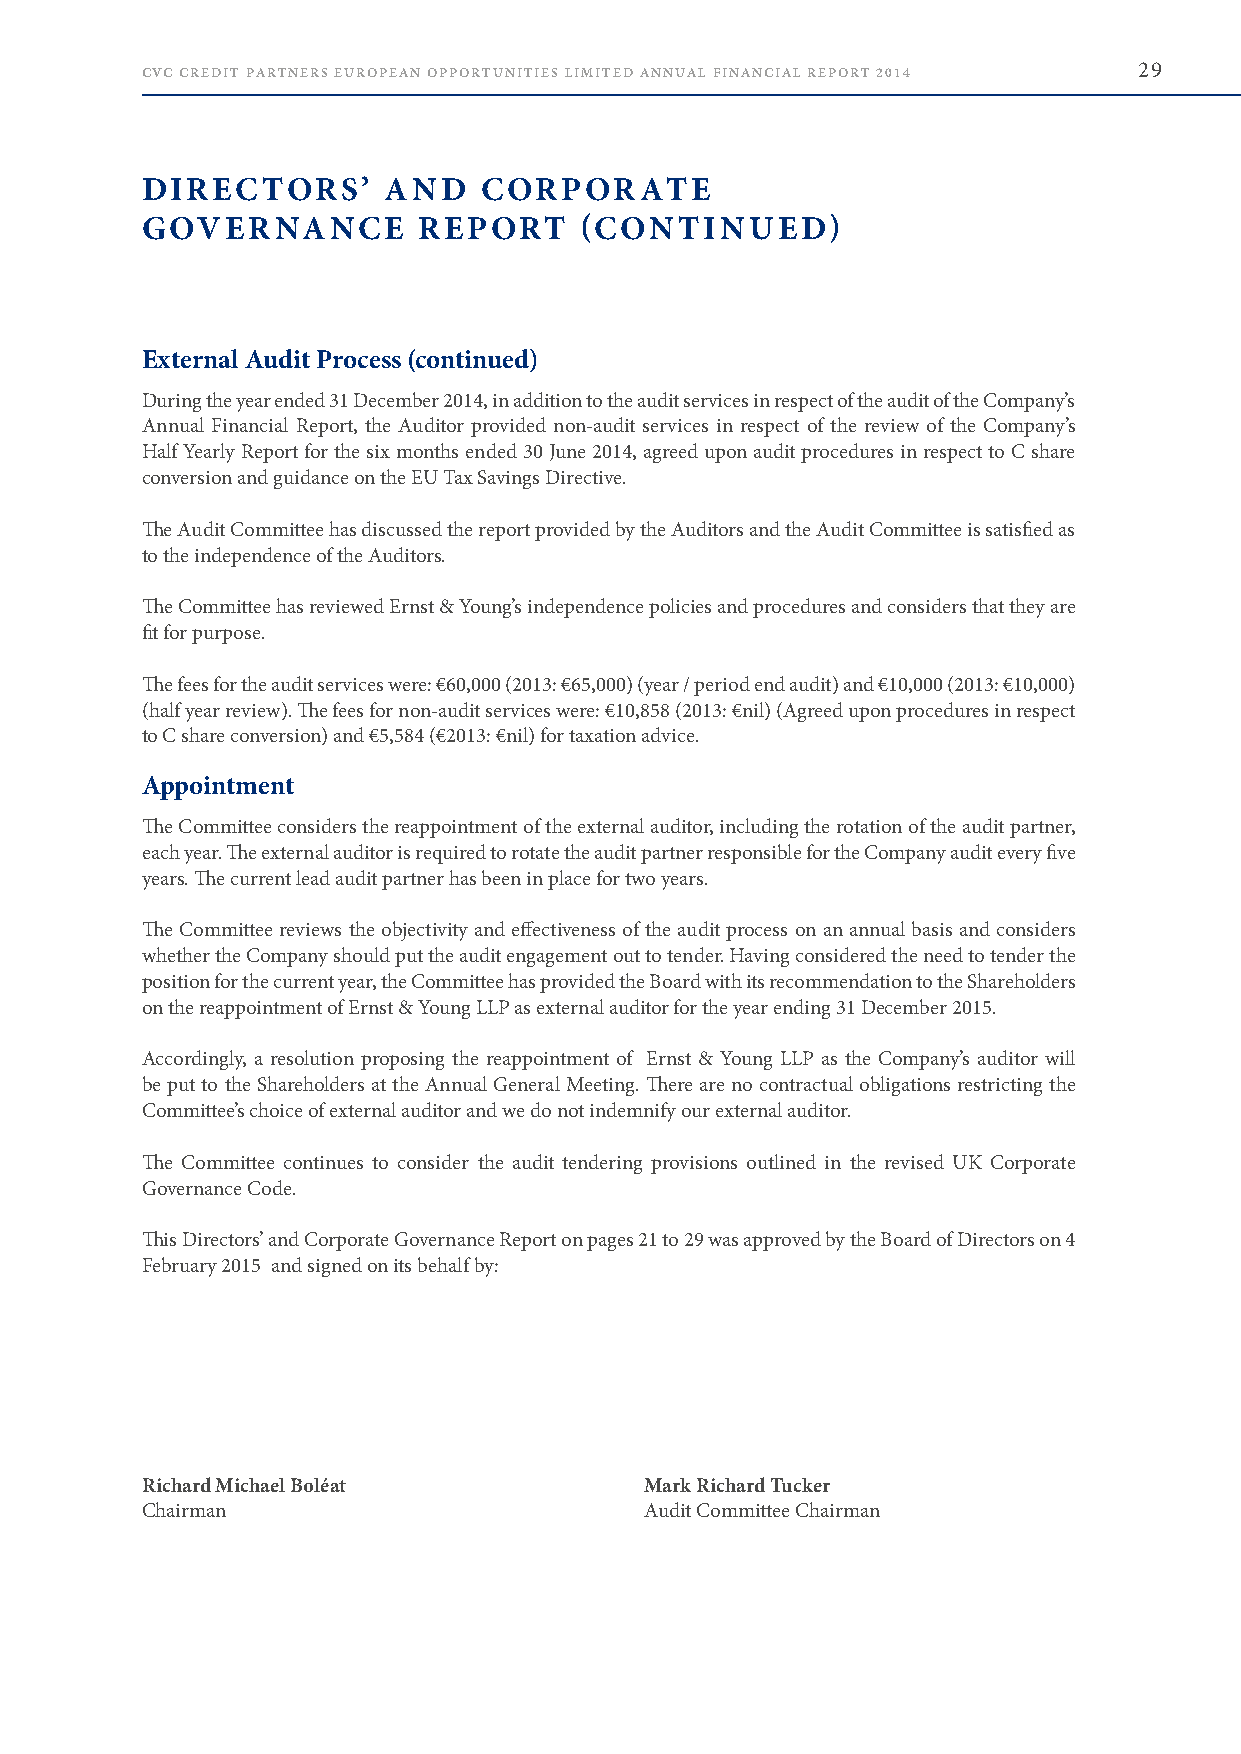
CVC CREDIT PARTNERS EUROPEAN OPPORTUNITIES LIMITED ANNUAL FINANCIAL REPORT 2014 29
 DIRECTORS’      AND    CORPORATE
 GOVERNANCE         REPORT    (CONTINUED)
 External Audit Process (continued)
 During the year ended 31 December 2014, in addition to the audit services in respect of the audit of the Company’s
 Annual Financial Report, the Auditor provided non-audit services in respect of the review of the Company’s
 Half Yearly Report for the six months ended 30 June 2014, agreed upon audit procedures in respect to C share
 conversion and guidance on the EU Tax Savings Directive .
 The Audit Committee has discussed the report provided by the Auditors and the Audit Committee is satisfied as
 to the independence of the Auditors .
 The Committee has reviewed Ernst & Young’s independence policies and procedures and considers that they are
 fit for purpose .
 The fees for the audit services were: €60,000 (2013: €65,000) (year / period end audit) and €10,000 (2013: €10,000)
 (half year review) . The fees for non-audit services were: €10,858 (2013: €nil) (Agreed upon procedures in respect
 to C share conversion) and €5,584 (€2013: €nil) for taxation advice .
 Appointment
 The Committee considers the reappointment of the external auditor, including the rotation of the audit partner,
 each year . The external auditor is required to rotate the audit partner responsible for the Company audit every five
 years . The current lead audit partner has been in place for two years .
 The Committee reviews the objectivity and effectiveness of the audit process on an annual basis and considers
 whether the Company should put the audit engagement out to tender . Having considered the need to tender the
 position for the current year, the Committee has provided the Board with its recommendation to the Shareholders
 on the reappointment of Ernst & Young LLP as external auditor for the year ending 31 December 2015 .
 Accordingly, a resolution proposing the reappointment of Ernst & Young LLP as the Company’s auditor will
 be put to the Shareholders at the Annual General Meeting . There are no contractual obligations restricting the
 Committee’s choice of external auditor and we do not indemnify our external auditor .
 The Committee continues to consider the audit tendering provisions outlined in the revised UK Corporate
 Governance Code .
 This Directors’ and Corporate Governance Report on pages 21 to 29 was approved by the Board of Directors on 4
 February 2015 and signed on its behalf by:
 Richard Michael Boléat            Mark Richard Tucker
 Chairman                          Audit Committee Chairman